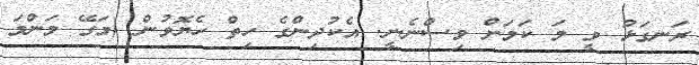
ރަނގަޅު ވީ މަ ކަމަށް ވިސްނެނީ. އެކުދިންގެ ހިތް ހެޔޮވުން (މަގޭ މަންމަ